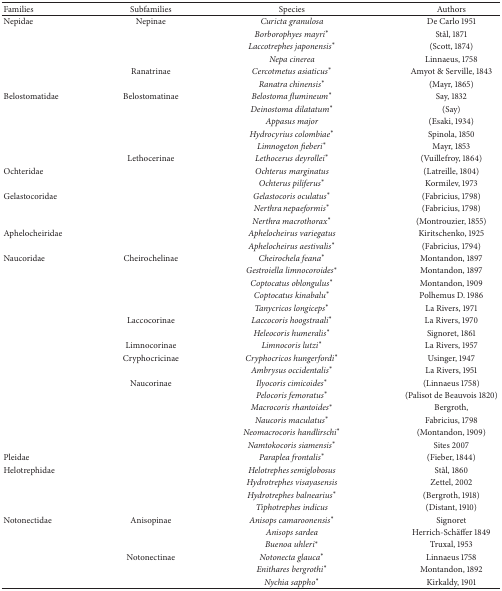
<table><thead><tr><td><b>Families</b></td><td><b>Subfamilies</b></td><td><b>Species</b></td><td><b>Authors</b></td></tr></thead><tbody><tr><td>Nepidae</td><td>Nepinae</td><td><i>Curicta granulosa </i></td><td>De Carlo 1951</td></tr><tr><td> </td><td> </td><td><i>Borborophyes mayri</i>*</td><td>Stål, 1871</td></tr><tr><td> </td><td> </td><td><i>Laccotrephes japonensis</i>*</td><td>(Scott, 1874)</td></tr><tr><td> </td><td> </td><td><i>Nepa cinerea </i></td><td>Linnaeus, 1758</td></tr><tr><td> </td><td>Ranatrinae</td><td><i>Cercotmetus asiaticus</i>*</td><td>Amyot &amp; Serville, 1843</td></tr><tr><td> </td><td> </td><td><i>Ranatra chinensis</i>*</td><td>(Mayr, 1865)</td></tr><tr><td>Belostomatidae</td><td>Belostomatinae</td><td><i>Belostoma flumineum</i>*</td><td>Say, 1832</td></tr><tr><td> </td><td> </td><td><i>Deinostoma dilatatum</i>*</td><td>(Say)</td></tr><tr><td> </td><td> </td><td><i>Appasus major </i></td><td>(Esaki, 1934)</td></tr><tr><td> </td><td> </td><td><i>Hydrocyrius colombiae</i>*</td><td>Spinola, 1850</td></tr><tr><td> </td><td> </td><td><i>Limnogeton fieberi</i>*</td><td>Mayr, 1853</td></tr><tr><td> </td><td>Lethocerinae</td><td><i>Lethocerus deyrollei</i>*</td><td>(Vuillefroy, 1864)</td></tr><tr><td>Ochteridae</td><td> </td><td><i>Ochterus marginatus </i></td><td>(Latreille, 1804)</td></tr><tr><td> </td><td> </td><td><i>Ochterus piliferus</i>*</td><td>Kormilev, 1973</td></tr><tr><td>Gelastocoridae</td><td> </td><td><i>Gelastocoris oculatus</i>*</td><td>(Fabricius, 1798)</td></tr><tr><td> </td><td> </td><td><i>Nerthra nepaeformis</i>*</td><td>(Fabricius, 1798)</td></tr><tr><td> </td><td> </td><td><i>Nerthra macrothorax</i>*</td><td>(Montrouzier, 1855)</td></tr><tr><td>Aphelocheiridae</td><td> </td><td><i>Aphelocheirus variegatus </i></td><td>Kiritschenko, 1925</td></tr><tr><td> </td><td> </td><td><i>Aphelocheirus aestivalis</i>*</td><td>(Fabricius, 1794)</td></tr><tr><td>Naucoridae</td><td>Cheirochelinae</td><td><i>Cheirochela feana</i>*</td><td>Montandon, 1897</td></tr><tr><td> </td><td> </td><td><i>Gestroiella limnocoroides</i>*</td><td>Montandon, 1897</td></tr><tr><td> </td><td> </td><td><i>Coptocatus oblongulus</i>*</td><td>Montandon, 1909</td></tr><tr><td> </td><td> </td><td><i>Coptocatus kinabalu</i>*</td><td>Polhemus D. 1986</td></tr><tr><td> </td><td> </td><td><i>Tanycricos longiceps</i>*</td><td>La Rivers, 1971</td></tr><tr><td> </td><td>Laccocorinae</td><td><i>Laccocoris hoogstraali</i>*</td><td>La Rivers, 1970</td></tr><tr><td> </td><td> </td><td><i>Heleocoris humeralis</i>*</td><td>Signoret, 1861</td></tr><tr><td> </td><td>Limnocorinae</td><td><i>Limnocoris lutzi</i>*</td><td>La Rivers, 1957</td></tr><tr><td> </td><td>Cryphocricinae</td><td><i>Cryphocricos hungerfordi</i>*</td><td>Usinger, 1947</td></tr><tr><td> </td><td> </td><td><i>Ambrysus occidentalis</i>*</td><td>La Rivers, 1951</td></tr><tr><td> </td><td>Naucorinae</td><td><i>Ilyocoris cimicoides</i>*</td><td>(Linnaeus 1758)</td></tr><tr><td> </td><td> </td><td><i>Pelocoris femoratus</i>*</td><td>(Palisot de Beauvois 1820)</td></tr><tr><td> </td><td> </td><td><i>Macrocoris rhantoides</i>*</td><td>Bergroth,</td></tr><tr><td> </td><td> </td><td><i>Naucoris maculatus</i>*</td><td>Fabricius, 1798</td></tr><tr><td> </td><td> </td><td><i>Neomacrocoris handlirschi</i>*</td><td>(Montandon, 1909)</td></tr><tr><td> </td><td> </td><td><i>Namtokocoris siamensis</i>*</td><td>Sites 2007</td></tr><tr><td>Pleidae</td><td> </td><td><i>Paraplea frontalis</i>*</td><td>(Fieber, 1844)</td></tr><tr><td>Helotrephidae</td><td> </td><td><i>Helotrephes semiglobosus </i></td><td>Stål, 1860</td></tr><tr><td> </td><td> </td><td><i>Hydrotrephes visayasensis </i></td><td>Zettel, 2002</td></tr><tr><td> </td><td> </td><td><i>Hydrotrephes balnearius</i>*</td><td>(Bergroth, 1918)</td></tr><tr><td> </td><td> </td><td><i>Tiphotrephes indicus </i></td><td>(Distant, 1910)</td></tr><tr><td>Notonectidae</td><td>Anisopinae</td><td><i>Anisops camaroonensis</i>*</td><td>Signoret</td></tr><tr><td> </td><td> </td><td><i>Anisops sardea </i></td><td>Herrich-Schäffer 1849</td></tr><tr><td> </td><td> </td><td><i>Buenoa uhleri</i>*</td><td>Truxal, 1953</td></tr><tr><td> </td><td>Notonectinae</td><td><i>Notonecta glauca</i>*</td><td>Linnaeus 1758</td></tr><tr><td> </td><td> </td><td><i>Enithares bergrothi</i>*</td><td>Montandon, 1892</td></tr><tr><td> </td><td> </td><td><i>Nychia sappho</i>*</td><td>Kirkaldy, 1901</td></tr></tbody></table>